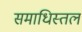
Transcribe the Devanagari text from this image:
समाधिस्तल